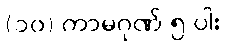
(၁၀) ကာမဂုဏ် ၅-ပါး